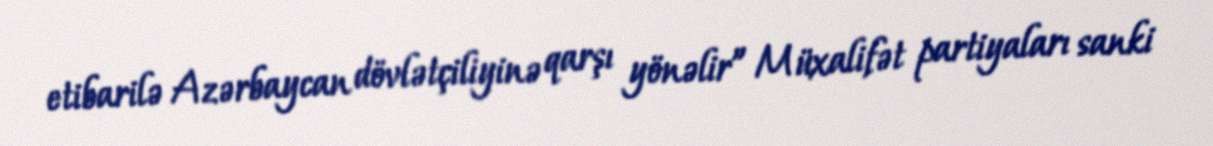
etibarilə Azərbaycan dövlətçiliyinə qarşı yönəlir” Müxalifət partiyaları sanki